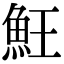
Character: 𩵭